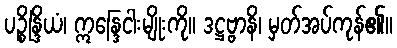
ပဉ္စိန္ဒြိယံ၊ ဣန္ဒြေငါးမျိုးကို။ ဒဋ္ဌဗ္ဗာနိ၊ မှတ်အပ်ကုန်၏။